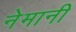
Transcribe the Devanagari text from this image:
नेमानी